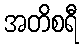
အတိစရီ